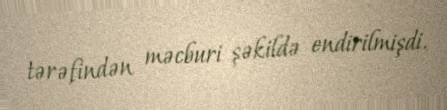
tərəfindən məcburi şəkildə endirilmişdi.